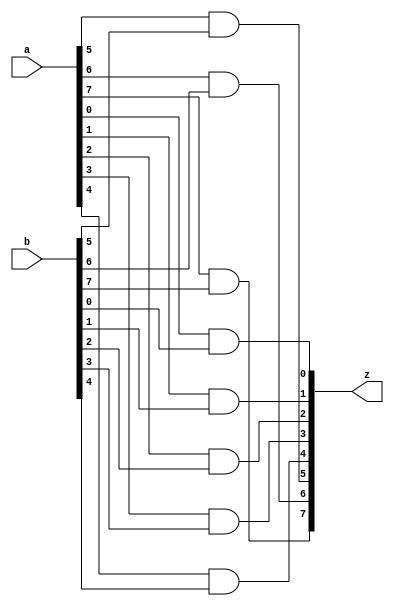
module BitWiseAndGate_8B (a, b, z);
    input[7:0] a, b;
    output[7:0] z;

    and a1(z[0], a[0], b[0]);
    and a2(z[1], a[1], b[1]);
    and a3(z[2], a[2], b[2]);
    and a4(z[3], a[3], b[3]);
    and a5(z[4], a[4], b[4]);
    and a6(z[5], a[5], b[5]);
    and a7(z[6], a[6], b[6]);
    and a8(z[7], a[7], b[7]);
    
    
endmodule